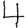
Digit: 4